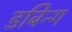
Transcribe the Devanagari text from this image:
डबिन्ग